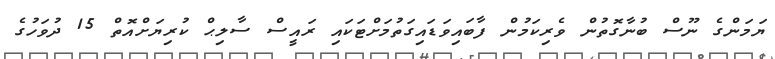
ޔަމަންގެ ނޫސް ބުނާގޮތުން ވެރިކަމުން ފާބައިވަޑައިގަތުމަށްޓަކައި ރައީސް ސާލިޙް ކުރިޔަށްއޮތް 15 ދުވަހުގެ